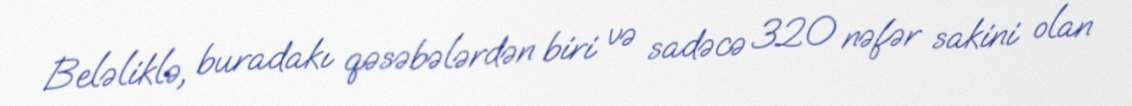
Beləliklə, buradakı qəsəbələrdən biri və sadəcə 320 nəfər sakini olan